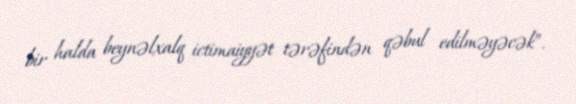
bir halda beynəlxalq ictimaiyyət tərəfindən qəbul edilməyəcək”.